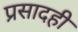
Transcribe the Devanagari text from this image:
प्रसादही